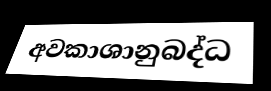
අවකාශානුබද්ධ